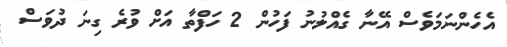
އެހެންނަމަވެސް އޭނާ ގެއްލުނު ފަހުން 2 ހަފްތާ އަށް ވުރެ ގިނަ ދުވަސް